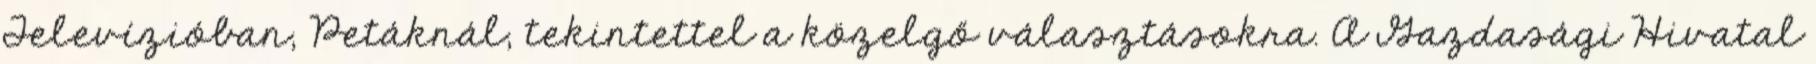
Televízióban, Petáknál, tekintettel a közelgő választásokra. A Gazdasági Hivatal